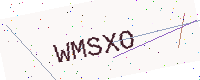
Text: WMSXO